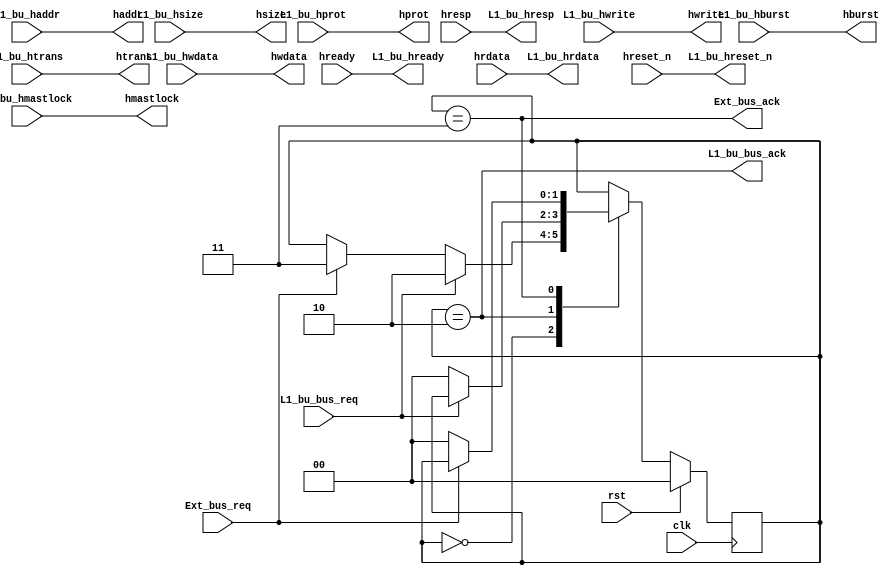
module bu_mux(
input wire clk,
input wire rst,

input [63:0]L1_bu_haddr,
input L1_bu_hwrite,
input [3:0]L1_bu_hsize,
input [2:0]L1_bu_hburst,
input [3:0]L1_bu_hprot,
input [1:0]L1_bu_htrans,
input L1_bu_hmastlock,
input [63:0]L1_bu_hwdata,

output wire L1_bu_hready,
output wire L1_bu_hresp,
output wire L1_bu_hreset_n,
output wire [63:0]L1_bu_hrdata,

output wire L1_bu_bus_ack,		//
input wire L1_bu_bus_req,		//

//
output wire Ext_bus_ack,
input wire Ext_bus_req,

//AHB
//ahb
output [63:0]haddr,
output hwrite,
output [3:0]hsize,
output [2:0]hburst,
output [3:0]hprot,
output [1:0]htrans,
output hmastlock,
output [63:0]hwdata,

input wire hready,
input wire hresp,
input wire hreset_n,
input wire [63:0]hrdata

);
reg [1:0]bus_mux_state;	//


always@(posedge clk)begin
	if(rst)begin
		bus_mux_state	<=	2'b00;
	end
	else begin
		case(bus_mux_state)
			2'b00	:	bus_mux_state	<=	L1_bu_bus_req ? 2'b10 : Ext_bus_req ? 2'b11 : bus_mux_state;
			//2'b01	:	bus_mux_state	<=	!TLB_bu_bus_req ? 2'b00 : bus_mux_state;
			2'b10	:	bus_mux_state	<=	!L1_bu_bus_req  ? 2'b00 : bus_mux_state;
			2'b11	:	bus_mux_state	<=	!Ext_bus_req ? 2'b00 : bus_mux_state;
		endcase
	end
end
assign L1_bu_bus_ack	=	(bus_mux_state==2'b10);
assign Ext_bus_ack		=	(bus_mux_state==2'b11);
//AHB
assign haddr	=	L1_bu_haddr;
assign hwrite	=	L1_bu_hwrite;
assign hsize	=	L1_bu_hsize;
assign hburst	=	L1_bu_hburst;
assign hprot	=	L1_bu_hprot;
assign htrans	=	L1_bu_htrans;
assign hmastlock=	L1_bu_hmastlock;
assign hwdata	=	L1_bu_hwdata;

//L1-bu
assign L1_bu_hready		=	hready;
assign L1_bu_hresp		=	hresp;
assign L1_bu_hreset_n	=	hreset_n;
assign L1_bu_hrdata		=	hrdata;
endmodule